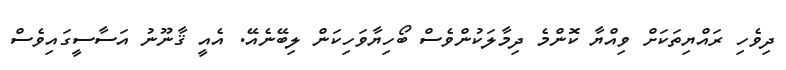
ދިވެހި ރައްޔިތަކަށް ވިއްޔާ ކޮންމެ ދިމާލަކުންވެސް ބޯހިޔާވަހިކަން ލިބޭނެއޭ. އެއީ ޤާނޫނު އަސާސީގައިވެސް